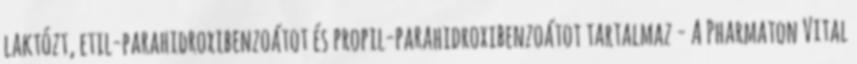
laktózt, etil-parahidroxibenzoátot és propil-parahidroxibenzoátot tartalmaz - A Pharmaton Vital